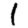
Digit: 1